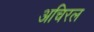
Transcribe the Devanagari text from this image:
अचिरल